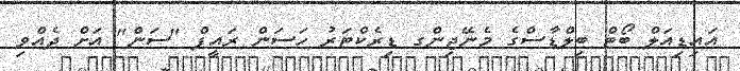
އައިޑިއަލް ބޯޓް ބިލްޑާސްގެ މެނޭޖިންގ ޑިރެކްޓަރު ހަސަން ރައީފް "ސަން" އަށް ދެއްވި